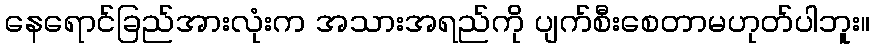
နေရောင်ခြည်အားလုံးက အသားအရည်ကို ပျက်စီးစေတာမဟုတ်ပါဘူး။